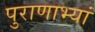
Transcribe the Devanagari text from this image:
पुराणाभ्यां